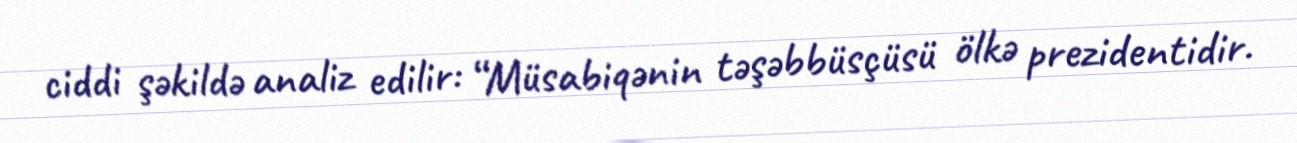
ciddi şəkildə analiz edilir: “Müsabiqənin təşəbbüsçüsü ölkə prezidentidir.